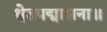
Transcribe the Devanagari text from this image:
श्वेतपद्मासना॥